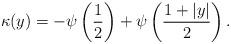
LaTeX: \begin{align*}\kappa(y) = -\psi\left(\frac{1}{2}\right) + \psi\left(\frac{1 + \lvert y \rvert }{2}\right).\end{align*}